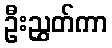
ဦးညွှတ်ကာ